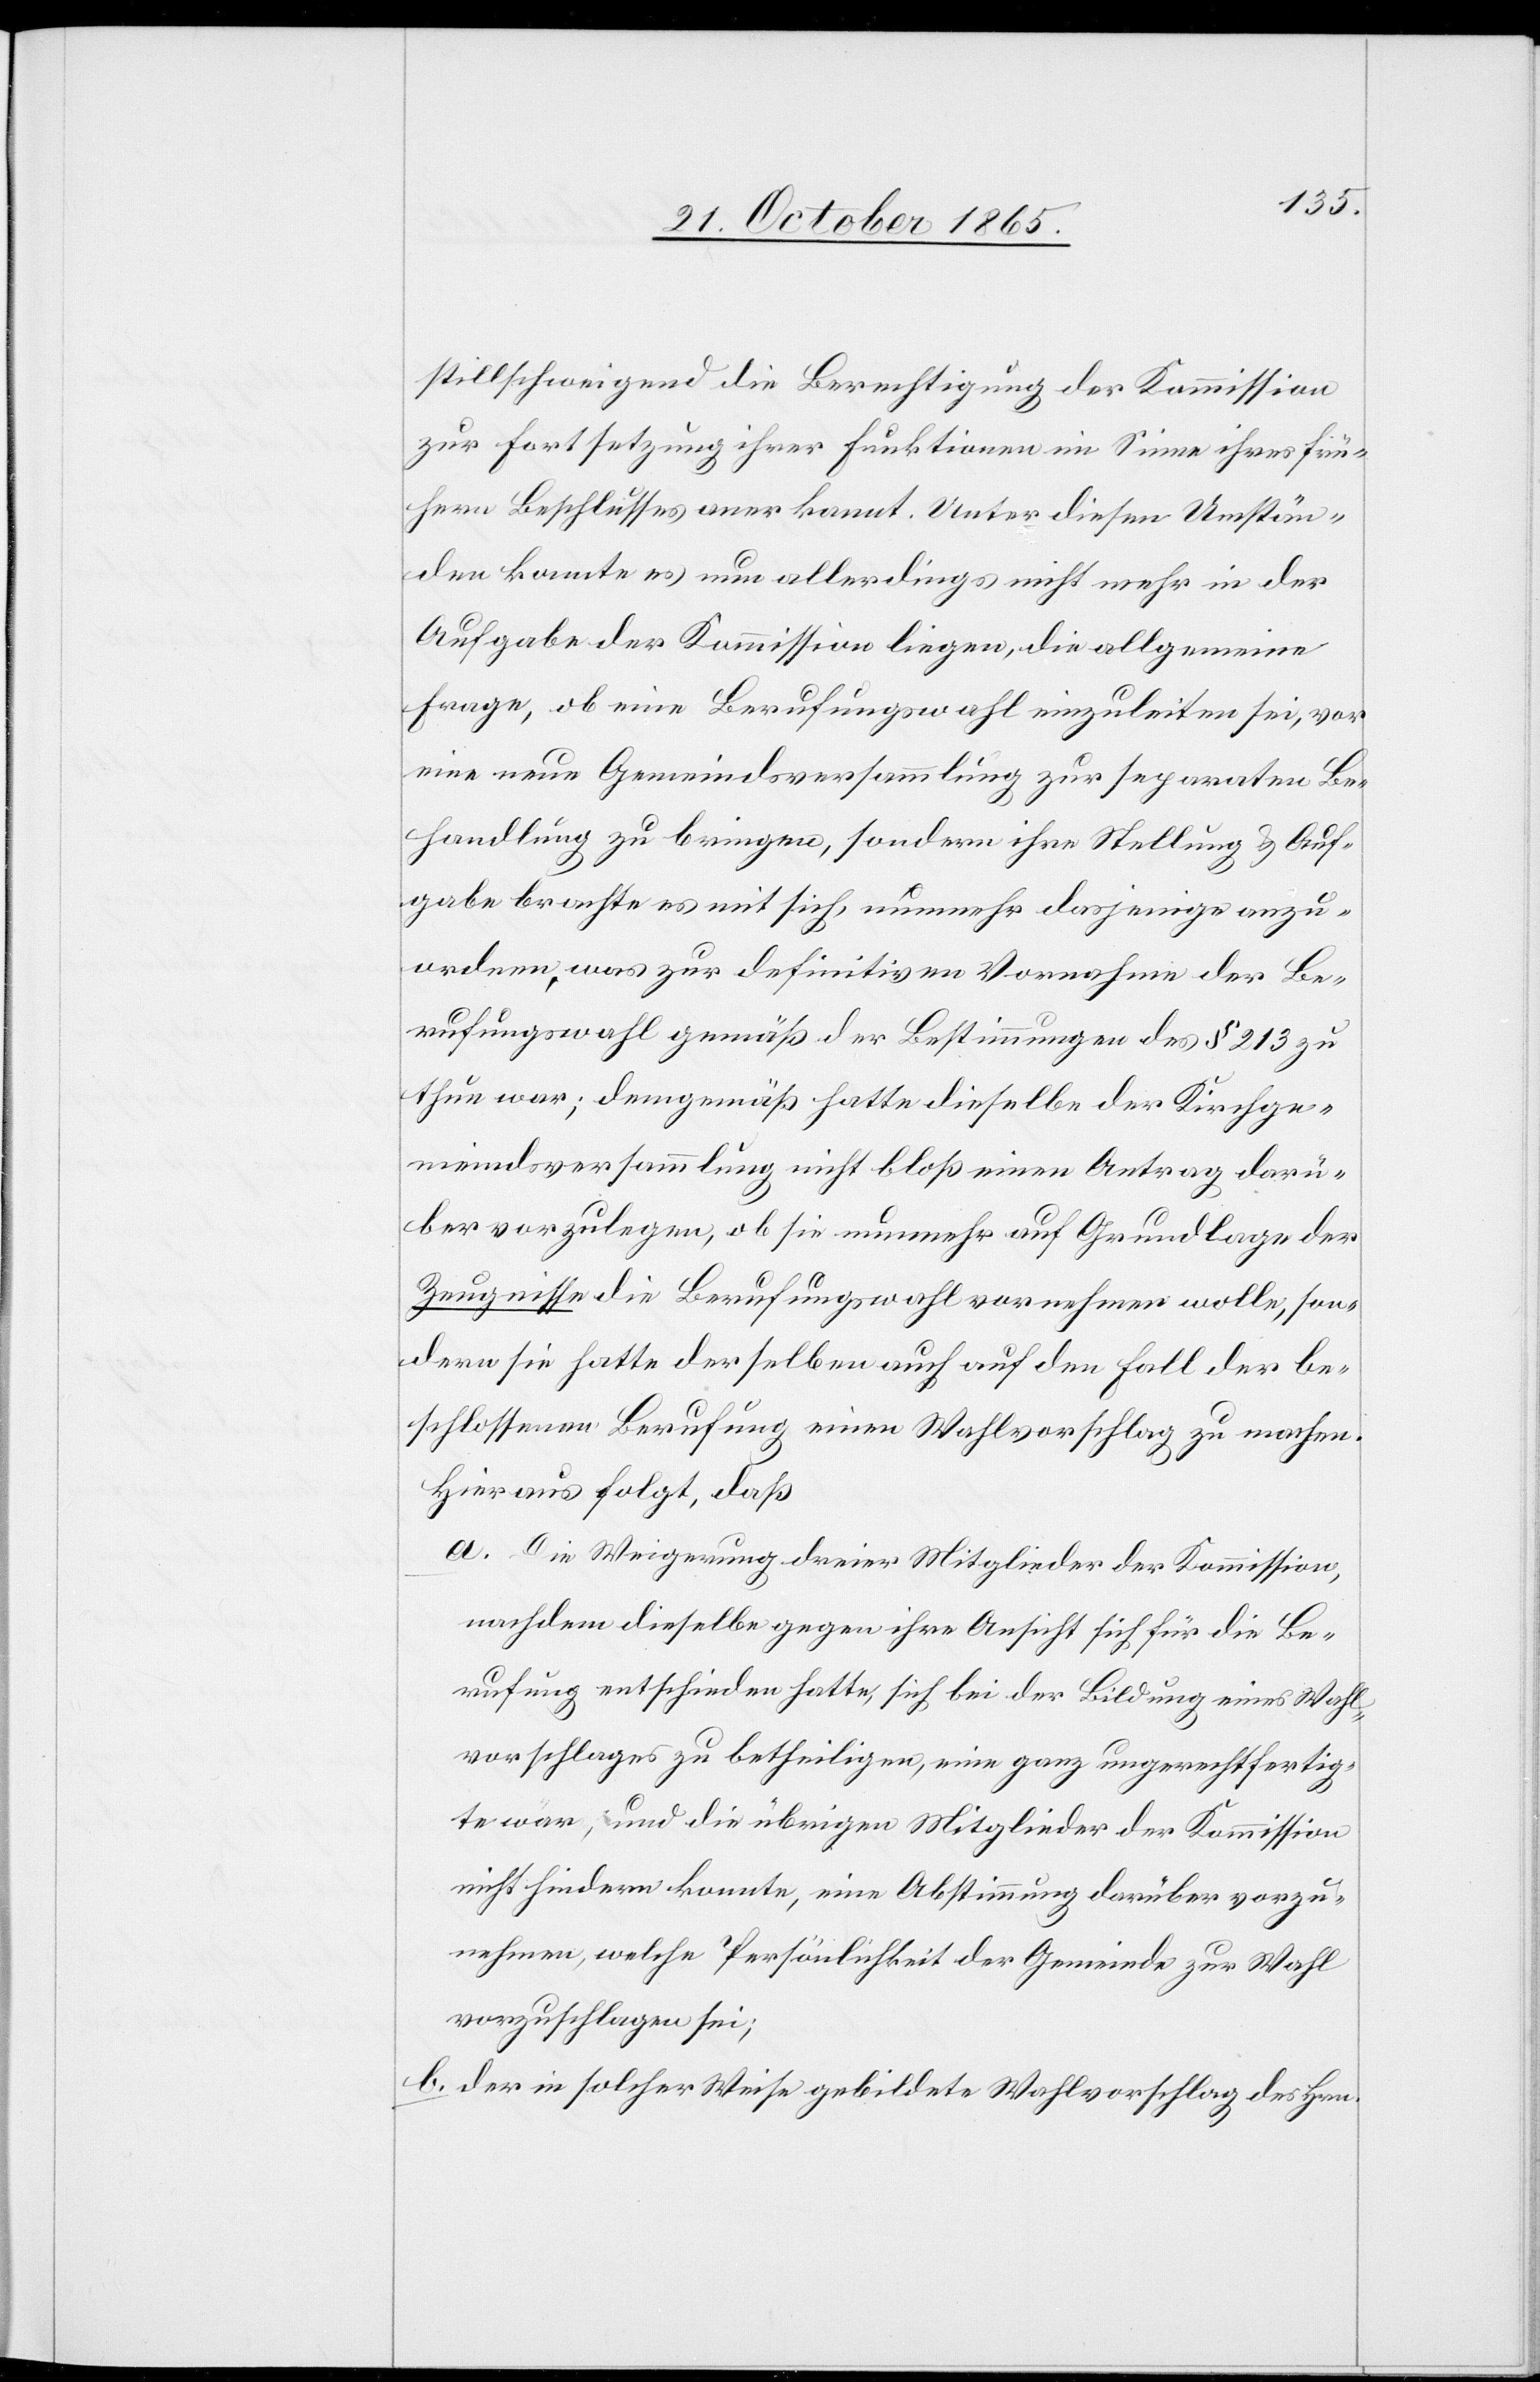
stillschweigend die Berechtigung der Kommission
zur Fortsetzung ihrer Funktionen im Sinne ihres frü¬
hern Beschlusses anerkannt. Unter diesen Umstän¬
den konnte es nun allerdings nicht mehr in der
Aufgabe der Kommission liegen, die allgemeine
Frage, ob eine Berufungswahl einzuleiten sei, vor
eine neue Gemeindsversammlung zur separaten Be¬
handlung zu bringen, sondern ihre Stellung & Auf¬
gabe brachte es mit sich, nunmehr dasjenige anzu¬
ordnen, was zur definitiven Vornahme der Be¬
rufungswahl gemäß der Bestimmungen des § 213 zu
thun war; demgemäß hatte dieselbe der Kirchge¬
meindsversammlung nicht bloß einen Antrag darü¬
ber vorzulegen, ob sie nunmehr auf Grundlage der
Zeugnisse die Berufungswahl vornehmen wolle, son¬
dern sie hatte derselben auch auf den Fall der be¬
schlossenen Berufung einen Wahlvorschlag zu machen.
Hieraus folgt, daß
a. Die Weigerung dreier Mitglieder der Kommission,
nachdem dieselbe gegen ihre Ansicht sich für die Be¬
rufung entschieden hatte, sich bei der Bildung eines Wahl¬
vorschlages zu betheiligen, eine ganz ungerechtfertig¬
te war, und die übrigen Mitglieder der Kommission
nicht hindern konnte, Abstimmung darüber vorzu¬
nehmen, welche Persönlichkeit der Gemeinde zur Wahl
vorzuschlagen sei;
b. der in solcher Weise gebildete Wahlvorschlag des Hrn.